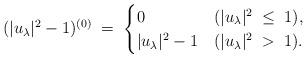
LaTeX: \begin{align*}&( |u_\lambda|^2 -1 )^{(0)} \; = \; \begin{cases}0 & (|u_\lambda|^2 \; \le \; 1),\\|u_\lambda|^2 -1 & (|u_\lambda|^2 \; > \; 1).\end{cases}\end{align*}